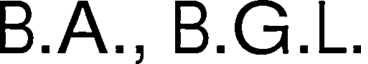
B.A., B.G.L.